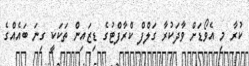
ކުރާ މި އެވޯޑަށް ވާދަކުރާ ގަލްފް ކްރާފްޓުގެ ޑިޒައިން ތަކަކީ ގިނަ ބައެއްގެ